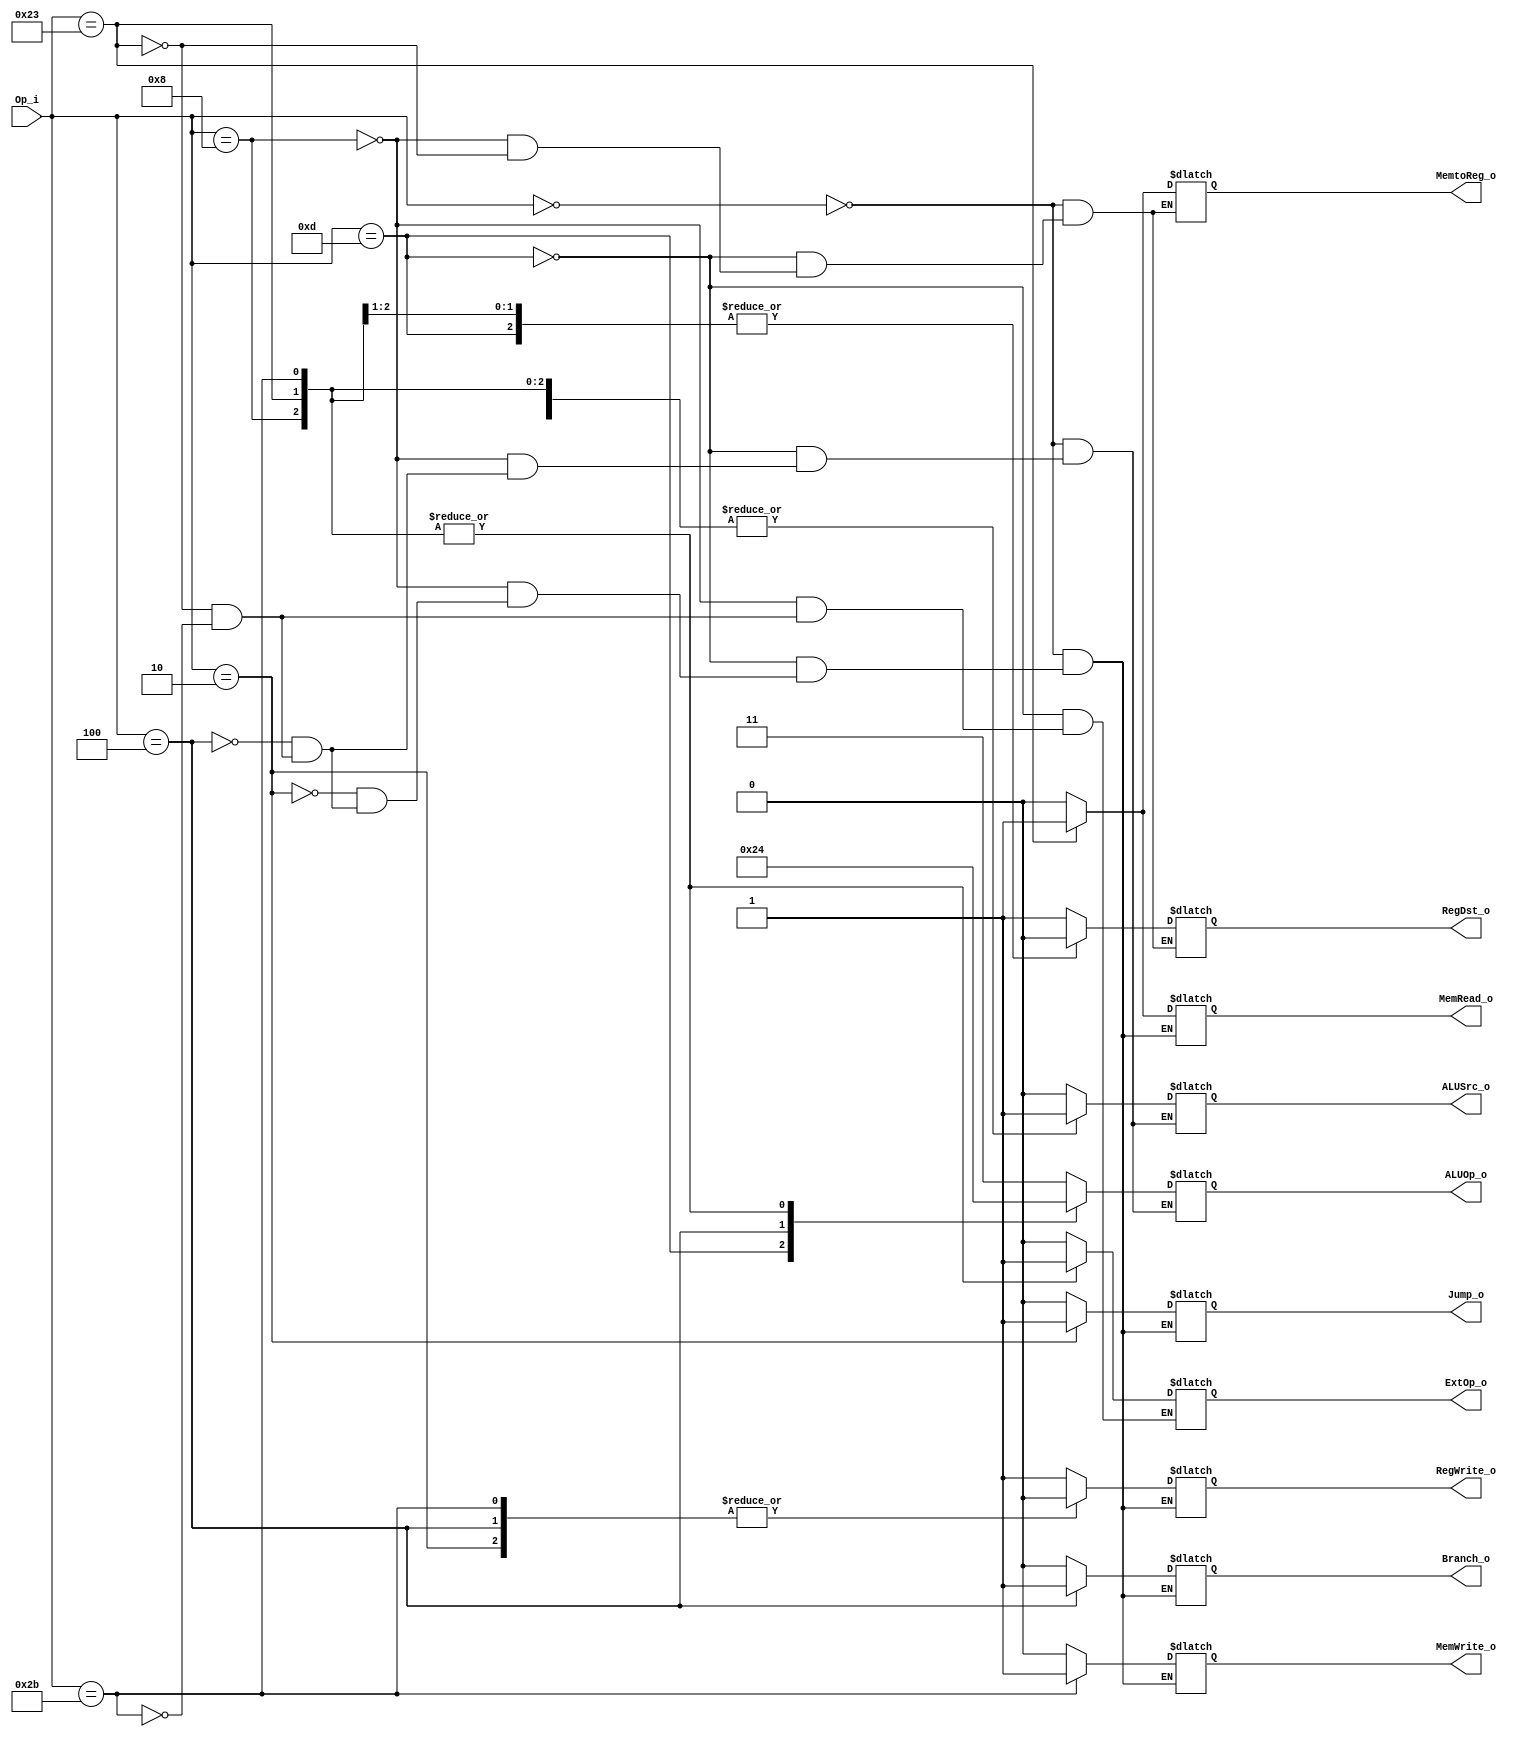
module Control(
    Op_i,
    RegDst_o,
	Jump_o,
	Branch_o,
	MemRead_o,
	MemtoReg_o,
	ExtOp_o,
    ALUOp_o,
	MemWrite_o,
    ALUSrc_o,
    RegWrite_o
);

input	[5:0]	Op_i;
output	RegDst_o, Jump_o, Branch_o, MemRead_o, MemtoReg_o, MemWrite_o, ALUSrc_o, RegWrite_o, ExtOp_o;
output	[1:0]	ALUOp_o;

reg RegDst_o, Jump_o, Branch_o, MemRead_o, MemtoReg_o, MemWrite_o, ALUSrc_o, RegWrite_o, ExtOp_o;
reg	[1:0]	ALUOp_o;

`define	r_type	6'b000000
`define	ori		6'b001101
`define	addi	6'b001000
`define j		6'b000010
`define beq		6'b000100
`define lw 		6'b100011
`define sw 		6'b101011

always@(Op_i) begin
	case(Op_i)
		`r_type	: begin
			RegDst_o = 1;
			ALUSrc_o = 0;
			MemtoReg_o = 0;
			RegWrite_o = 1;
			MemWrite_o = 0;
			MemRead_o = 0;
			Branch_o = 0;
			Jump_o = 0;
			ALUOp_o  = 2'b11;
		end
		`ori	: begin
			RegDst_o = 0;
			ALUSrc_o = 1;
			MemtoReg_o = 0;
			RegWrite_o = 1;
			MemWrite_o = 0;
			MemRead_o = 0;
			Branch_o = 0;
			Jump_o = 0;
			ExtOp_o = 0;
			ALUOp_o  = 2'b10;
		end
		`addi	: begin
			RegDst_o = 0;
			ALUSrc_o = 1;
			MemtoReg_o = 0;
			RegWrite_o = 1;
			MemWrite_o = 0;
			MemRead_o = 0;
			Branch_o = 0;
			Jump_o = 0;
			ExtOp_o = 1;
			ALUOp_o  = 2'b00;
		end
		`j		: begin
			RegWrite_o = 0;
			MemWrite_o = 0;
			MemRead_o = 0;
			Branch_o = 0;
			Jump_o = 1;
		end
		`beq	: begin
			ALUSrc_o = 0;
			RegWrite_o = 0;
			MemWrite_o = 0;
			MemRead_o = 0;
			Branch_o = 1;
			Jump_o = 0;
			ALUOp_o  = 2'b01;
		end
		`lw		: begin
			RegDst_o = 0;
			ALUSrc_o = 1;
			MemtoReg_o = 1;
			RegWrite_o = 1;
			MemWrite_o = 0;
			MemRead_o = 1;
			Branch_o = 0;
			Jump_o = 0;
			ExtOp_o = 1;
			ALUOp_o  = 2'b00;
		end
		`sw		: begin
			ALUSrc_o = 1;
			RegWrite_o = 0;
			MemWrite_o = 1;
			MemRead_o = 0;
			Branch_o = 0;
			Jump_o = 0;
			ExtOp_o = 1;
			ALUOp_o  = 2'b00;
		end
	endcase
end

endmodule